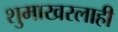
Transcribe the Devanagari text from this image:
शुमाखरलाही